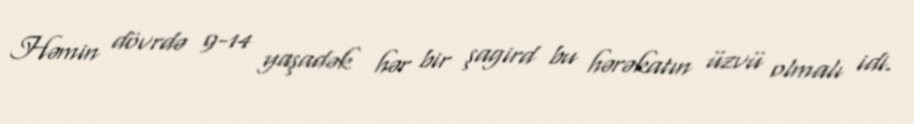
Həmin dövrdə 9-14 yaşadək hər bir şagird bu hərəkatın üzvü olmalı idi.